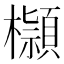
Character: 𣟓